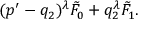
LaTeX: ( p ^ { \prime } - q _ { 2 } ) ^ { \lambda } \tilde { F } _ { 0 } + q _ { 2 } ^ { \lambda } \tilde { F } _ { 1 } .